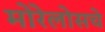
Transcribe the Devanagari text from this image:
मोरेलोसचे